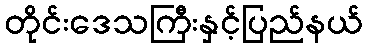
တိုင်းဒေသကြီးနှင့်ပြည်နယ်